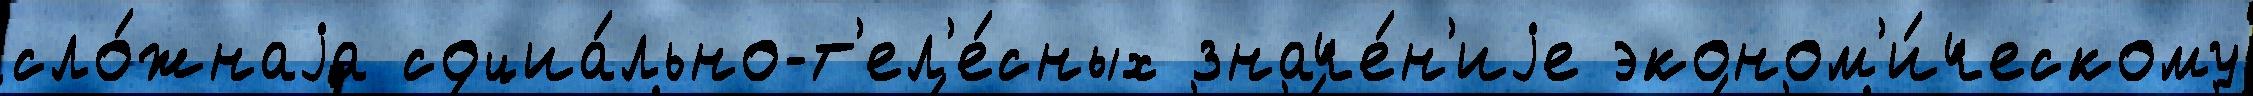
сло́жнаjа социа́льно-т'ел'е́сных значе́н'иjе эконом'и́ческому